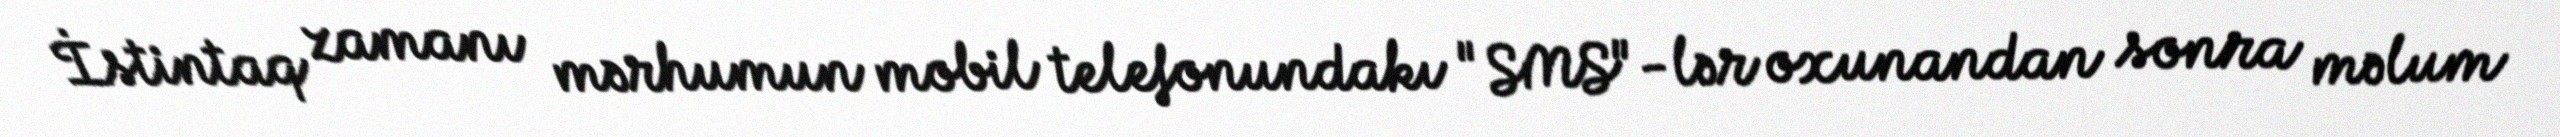
İstintaq zamanı mərhumun mobil telefonundakı "SMS"-lər oxunandan sonra məlum